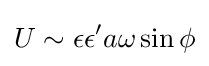
\displaystyle U\sim \epsilon \epsilon 'a\omega \sin \phi